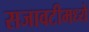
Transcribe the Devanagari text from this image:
सजावटीमध्ये